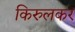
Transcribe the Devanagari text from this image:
किरुलकर